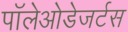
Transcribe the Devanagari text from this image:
पॉलेओडेजर्टस